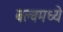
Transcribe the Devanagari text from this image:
बल्बमध्ये